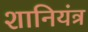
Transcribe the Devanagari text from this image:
शानियंत्र